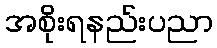
အစိုးရနည်းပညာ